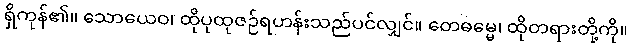
ရှိကုန်၏။ သောယေဝ၊ ထိုပုထုဇဉ်ရဟန်းသည်ပင်လျှင်။ တေဓမ္မေ၊ ထိုတရားတို့ကို။